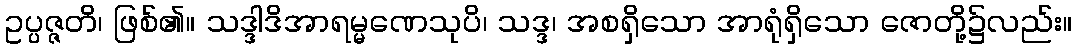
ဥပ္ပဇ္ဇတိ၊ ဖြစ်၏။ သဒ္ဒါဒိအာရမ္မဏေသုပိ၊ သဒ္ဒ၊ အစရှိသော အာရုံရှိသော ဇောတို့၌လည်း။